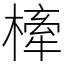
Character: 㯠